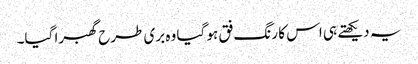
یہ دیکھتے ہی اس کا رنگ فق ہو گیا وہ بری طرح گھبرا گیا۔